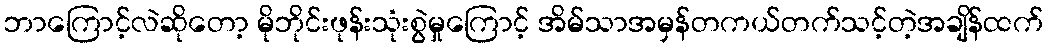
ဘာကြောင့်လဲဆိုတော့ မိုဘိုင်းဖုန်းသုံးစွဲမှုကြောင့် အိမ်သာအမှန်တကယ်တက်သင့်တဲ့အချိန်ထက်